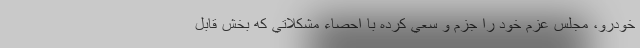
خودرو، مجلس عزم خود را جزم و سعي كرده با احصاء مشكلاتي كه بخش قابل